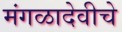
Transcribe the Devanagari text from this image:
मंगळादेवीचे